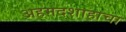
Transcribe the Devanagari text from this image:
अहमदशाहाचा